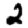
Digit: 2